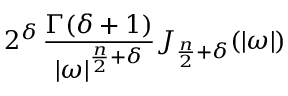
2 ^ { \delta } \, { \frac { \Gamma ( \delta + 1 ) } { \left| { \boldsymbol { \omega } } \right| ^ { { \frac { n } { 2 } } + \delta } } } J _ { { \frac { n } { 2 } } + \delta } ( | { \boldsymbol { \omega } } | )